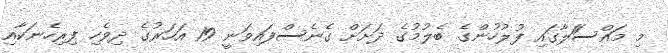
މި މައްސަަލާގައި ފުލުހުންގެ ބެލުމުގެ ދަށަށް ގެނެސްފައިވަނީ 19 އަހަރުގެ ދިވެހި ފިރިހެނަކާއި